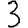
Digit: 3